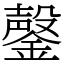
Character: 鏧